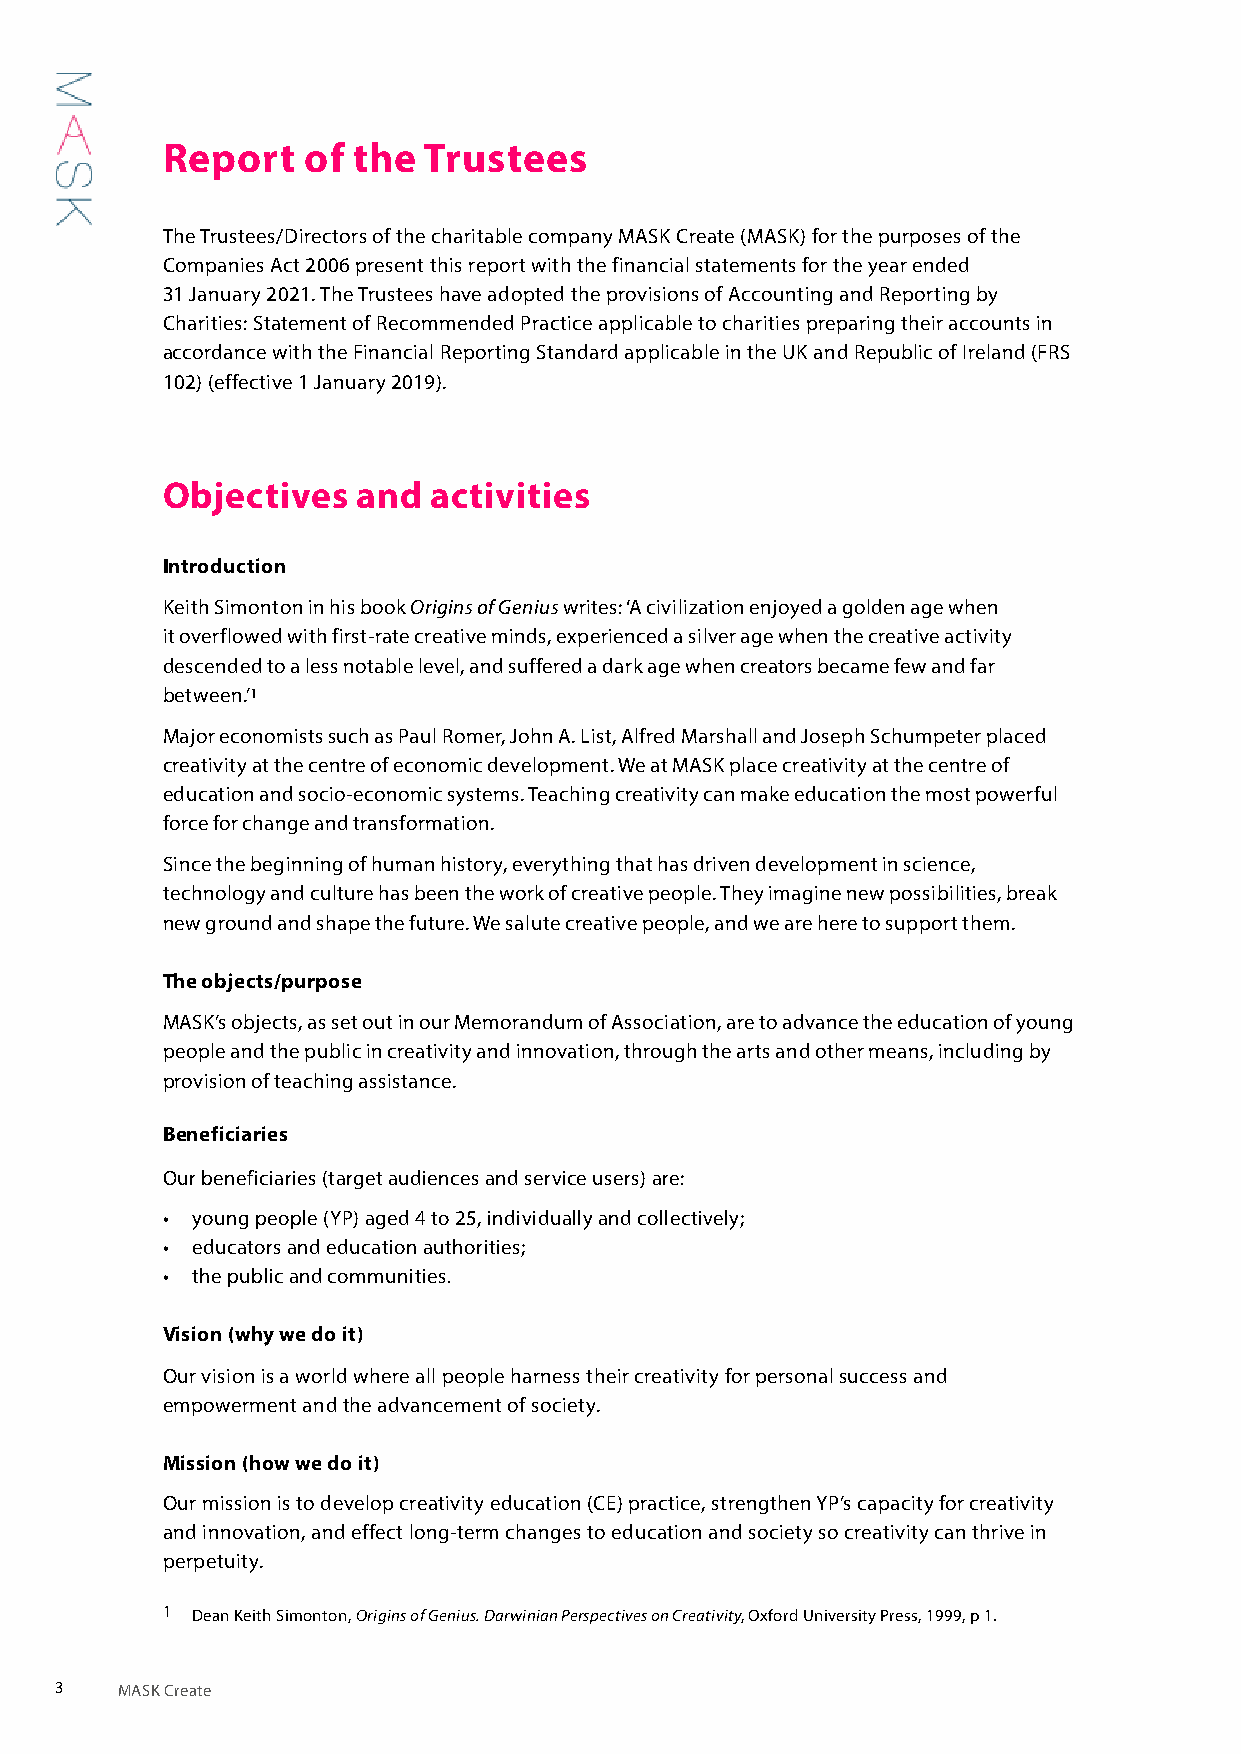
Report   of the  Trustees
 The Trustees/Directors of the charitable company MASK Create (MASK) for the purposes of the
 Companies Act 2006 present this report with the financial statements for the year ended
 31 January 2021. The Trustees have adopted the provisions of Accounting and Reporting by
 Charities: Statement of Recommended Practice applicable to charities preparing their accounts in
 accordance with the Financial Reporting Standard applicable in the UK and Republic of Ireland (FRS
 102) (effective 1 January 2019).
 Objectives   and activities
 Introduction
 Keith Simonton in his book Origins of Genius writes: ‘A civilization enjoyed a golden age when
 it overflowed with first-rate creative minds, experienced a silver age when the creative activity
 descended to a less notable level, and suffered a dark age when creators became few and far
 between.’1
 Major economists such as Paul Romer, John A. List, Alfred Marshall and Joseph Schumpeter placed
 creativity at the centre of economic development. We at MASK place creativity at the centre of
 education and socio-economic systems. Teaching creativity can make education the most powerful
 force for change and transformation.
 Since the beginning of human history, everything that has driven development in science,
 technology and culture has been the work of creative people. They imagine new possibilities, break
 new ground and shape the future. We salute creative people, and we are here to support them.
 The objects/purpose
 MASK’s objects, as set out in our Memorandum of Association, are to advance the education of young
 people and the public in creativity and innovation, through the arts and other means, including by
 provision of teaching assistance.
 Beneficiaries
 Our beneficiaries (target audiences and service users) are:
 • young people (YP) aged 4 to 25, individually and collectively;
 • educators and education authorities;
 • the public and communities.
 Vision (why we do it)
 Our vision is a world where all people harness their creativity for personal success and
 empowerment and the advancement of society.
 Mission (how we do it)
 Our mission is to develop creativity education (CE) practice, strengthen YP’s capacity for creativity
 and innovation, and effect long-term changes to education and society so creativity can thrive in
 perpetuity.
 1 Dean Keith Simonton, Origins of Genius. Darwinian Perspectives on Creativity, Oxford University Press, 1999, p 1.
 3   MASK Create